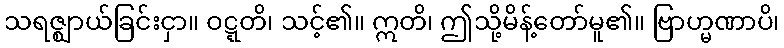
သရဇ္ဈာယ်ခြင်းငှာ။ ဝဋ္ဋတိ၊ သင့်၏။ ဣတိ၊ ဤသို့မိန့်တော်မူ၏။ ဗြာဟ္မဏာပိ၊